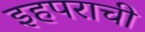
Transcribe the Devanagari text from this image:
इहपराची